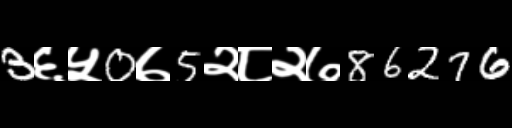
Text: 3६५0७5२८२७86276